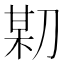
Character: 𠝼